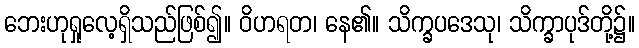
ဘေးဟုရှုလေ့ရှိသည်ဖြစ်၍။ ဝိဟရတ၊ နေ၏။ သိက္ခပဒေသု၊ သိက္ခာပုဒ်တို့၌။